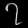
Digit: ၇